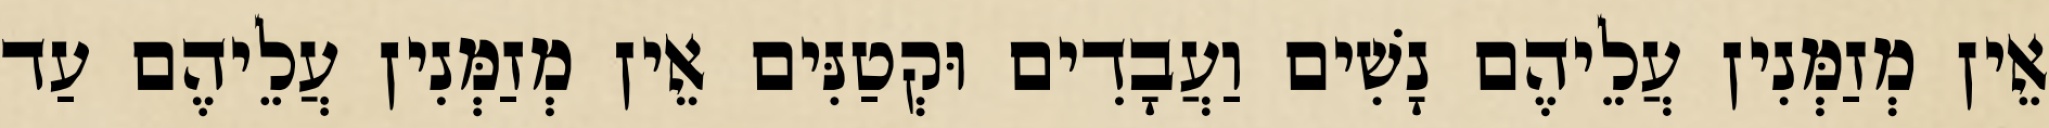
אֵין מְזַמְּנִין עֲלֵיהֶם נָשִׁים וַעֲבָדִים וּקְטַנִּים אֵין מְזַמְּנִין עֲלֵיהֶם עַד